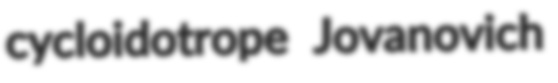
cycloidotrope Jovanovich